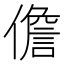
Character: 儋